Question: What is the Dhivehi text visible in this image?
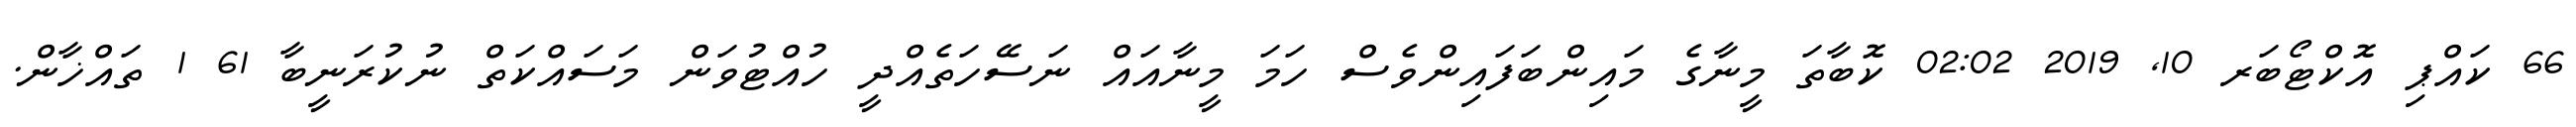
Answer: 66 ކައްޕި އޮކްޓޯބަރ 10, 2019 02:02 ކޮބާތަ މީނާގެ މައިންބަފައިންވެސް ހަމަ މީނާއައް ނަސޭހަތެއްދީ ހުއްޓުވަން މަސައްކަތް ނުކުރަނީބާ 61 1 ތައްޚާން.